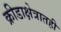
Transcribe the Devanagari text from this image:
क्रीडाक्षेत्रातही